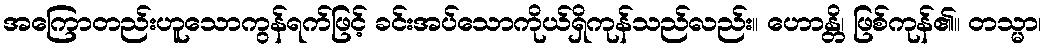
အကြောတည်းဟူသောကွန်ရက်ဖြင့် ခင်းအပ်သောကိုယ်ရှိကုန်သည်လည်း။ ဟောန္တိ၊ ဖြစ်ကုန်၏။ တသ္မာ၊